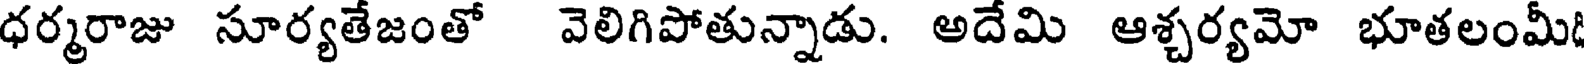
ధర్మరాజు సూర్యతేజంతో వెలిగిపోతున్నాడు. అదేమి ఆశ్చర్యమో భూతలంమీ